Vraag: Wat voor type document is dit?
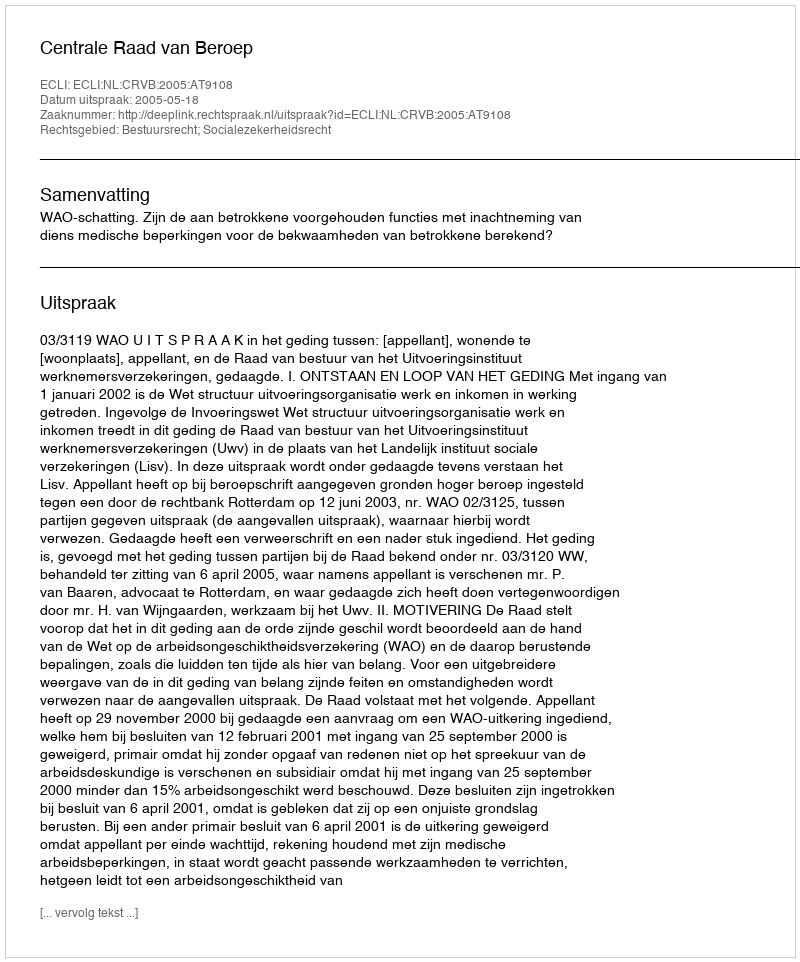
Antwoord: Uitspraak